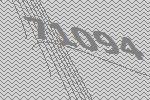
71094